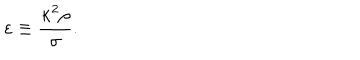
LaTeX: \varepsilon \equiv \frac { \kappa ^ { 2 } \rho } { \sigma } .